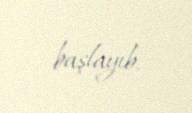
başlayıb.